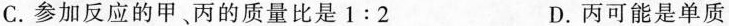
C.参加反应的甲、丙的质量比是1:2 D.丙可能是单质